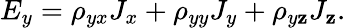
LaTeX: E_{y}=\rho_{yx}J_{x}+\rho_{yy}J_{y}+\rho_{y\mathbf{z}}J_{\mathbf{z}}.